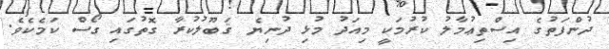
ދުންފަތުގެ އިސްތިޢުމާލު ކުރުމަކީ މިއަދު މުޅި ދުނިޔެ ޤަބޫލުކުރާ ގޮތުގައި ގޯސް ކަމެކެވެ.